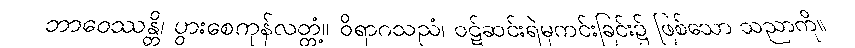
ဘာဝေဿန္တိ၊ ပွားစေကုန်လတ္တံ့။ ဝိရာဂသညံ၊ ဝဋ်ဆင်းရဲမှကင်းခြင်း၌ ဖြစ်သော သညာကို။